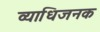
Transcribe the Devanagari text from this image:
व्‍याधिजनक